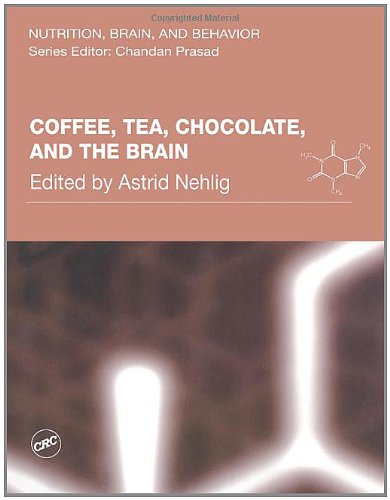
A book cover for Coffee, Tea, Chocolate, and the Brain (Nutrition, Brain and Behavior); Health, Fitness & Dieting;